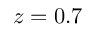
z = 0 . 7